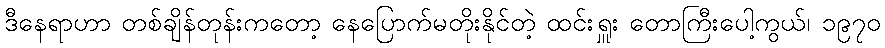
ဒီနေရာဟာ တစ်ချိန်တုန်းကတော့ နေပြောက်မတိုးနိုင်တဲ့ ထင်းရှူး တောကြီးပေါ့ကွယ်၊ ၁၉၇၀